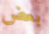
بعض